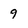
Character: 9